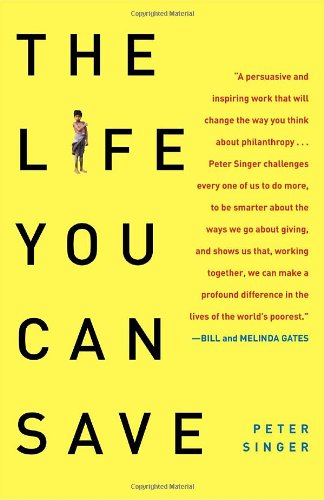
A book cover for The Life You Can Save: How to Do Your Part to End World Poverty; Peter Singer; Politics & Social Sciences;